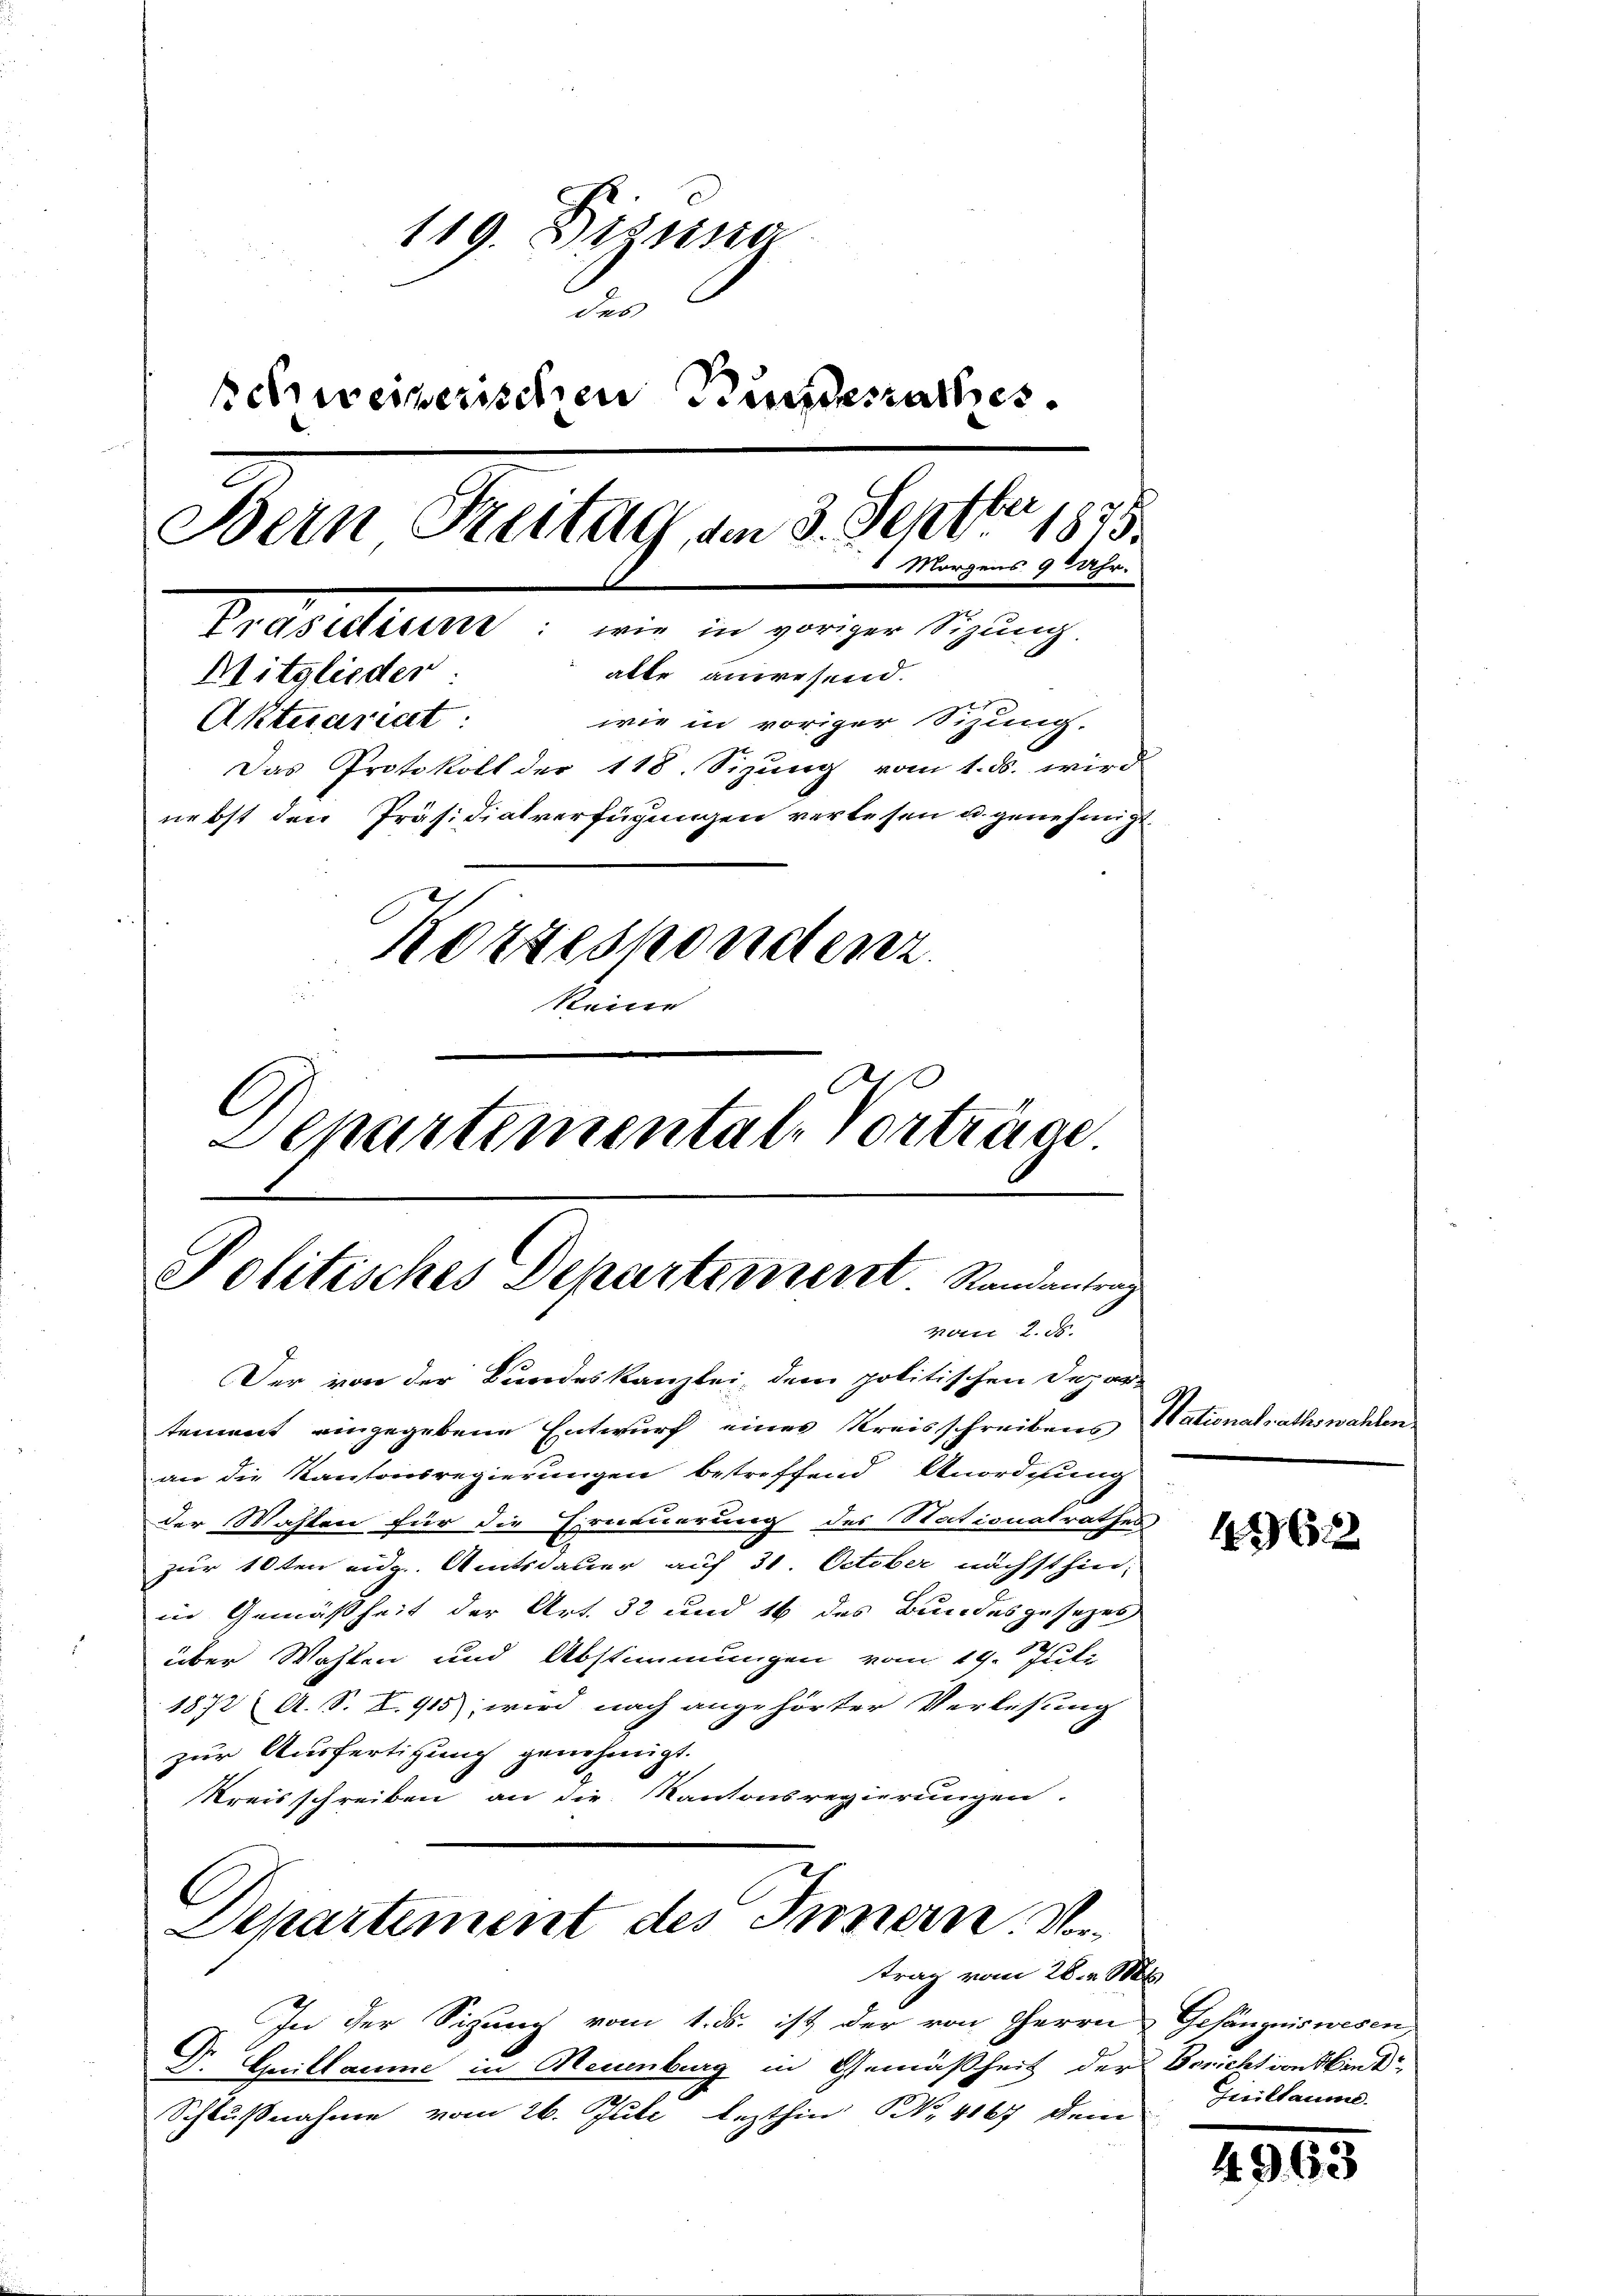
119. Disena
der
schweizerischen Bundesrathes.
Bern Breitag, am 3. Septbr 1875.
6 Morgens 9 % Uhr.
Prassiliert: wie in voriger Sizung
alte anwesend.
Mitglieder
wie in voriger Sitzung.
Aktuariat
Das Protokoll der 118. Sizung vom 1. ds. wird
nebst den Präsidialverfügungen verlesen u. genehmigt.
Korrespondenz.
keine
C
Departemental-Vorträge.

Politisches Departement Randantrag
Mart. 2. d.

Der von der Bundeskanzlei, dem politischen Depar-
tement eingegebene Entwurf eines Kreisschreibens
an die Kantonsregierungen betreffend Anordnung
der Masten für die Erneuerung des Nationalrathes
zur 10ten eidg. Amtsdauer auf 31. October nächsthin
in Gemäßheit der Art. 32 und 16 des Bundesgesezes
über Wahlen und Abstimmungen vom 19. Juli
1872 A. S. S. 915, wird nach angehörter Verlesung
zur Ausfertigung genehmigt.
Kreisschreiben an die Kantonsregierungen
.
Departement des Innern Vortrag vom 28. v. Mts.
In der Sigung vom 1. ds. ist der von Herrn
Dr. Guillaume in Neuenburg in Gemäßheit der
Schlußnahme vom 26. Juli lezthin Nr. 4167 dem

Nationalrathswahlen.

4362

Gefängniswesen
Bericht von den d
Giiltaume

4963